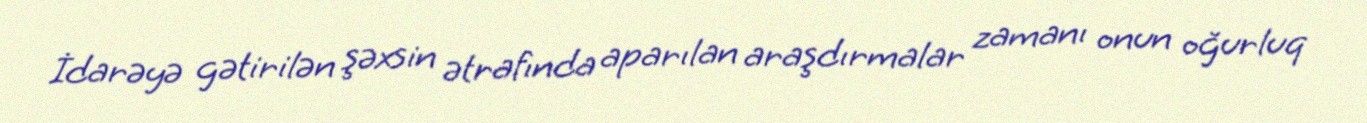
İdarəyə gətirilən şəxsin ətrafında aparılan araşdırmalar zamanı onun oğurluq